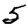
Digit: 5